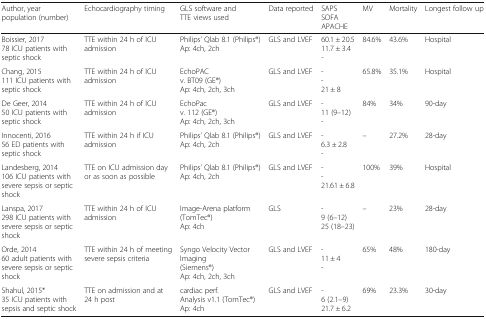
| Author, yearpopulation (number) | Echocardiography timing | GLS software and TTE views used | Data reported | SAPSSOFAAPACHE | MV | Mortality | Longest follow up |
 | --- | --- | --- | --- | --- | --- | --- | --- |
 | Boissier, 201778 ICU patients with septic shock | TTE within 24 h of ICU admission | Philips’ Qlab 8.1 (Philips®)Ap: 4ch, 2ch | GLS and LVEF | 60.1 ± 20.511.7 ± 3.4- | 84.6% | 43.6% | Hospital |
 | Chang, 2015111 ICU patients with septic shock | TTE within 24 h of ICU admission | EchoPACv. BT09 (GE®)Ap: 4ch, 2ch, 3ch | GLS and LVEF | --21 ± 8 | 65.8% | 35.1% | Hospital |
 | De Geer, 201450 ICU patients with septic shock | TTE within 24 h of ICU admission | EchoPacv. 112 (GE®)Ap: 4ch, 2ch, 3ch | GLS and LVEF | -11 (9–12)- | 84% | 34% | 90-day |
 | Innocenti, 201656 ED patients with septic shock | TTE within 24 h if ICU admission | Philips’ Qlab 8.1 (Philips®)Ap: 4ch, 2ch | GLS and LVEF | -6.3 ± 2.8- | – | 27.2% | 28-day |
 | Landesberg, 2014106 ICU patients with severe sepsis or septic shock | TTE on ICU admission day or as soon as possible | Philips’ Qlab 8.1 (Philips®)Ap: 4ch, 2ch | GLS and LVEF | --21.61 ± 6.8 | 100% | 39% | Hospital |
 | Lanspa, 2017298 ICU patients with severe sepsis or septic shock | TTE within 24 h of ICU admission | Image-Arena platform (TomTec®)Ap: 4ch | GLS | -9 (6–12)25 (18–23) | – | 23% | 28-day |
 | Orde, 201460 adult patients with severe sepsis or septic shock | TTE within 24 h of meeting severe sepsis criteria | Syngo Velocity Vector Imaging(Siemens®)Ap: 4ch, 2ch, 3ch | GLS and LVEF | -11 ± 4- | 65% | 48% | 180-day |
 | Shahul, 2015*35 ICU patients with sepsis and septic shock | TTE on admission and at 24 h post | cardiac perf.Analysis v1.1 (TomTec®)Ap: 4ch | GLS and LVEF | -6 (2.1–9)21.7 ± 6.2 | 69% | 23.3% | 30-day |